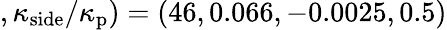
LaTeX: ,\kappa_{\mathrm{side}}/\kappa_{\mathrm{p}})=(46,0.066,-0.0025,0.5)